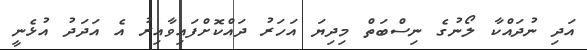
އަދި ނުދައްކާ ލޯނުގެ ނިސްބަތް މިދިޔަ އަހަރު ދައްކޮށްފައިވާއިރު އެ އަދަދު އުޅެނީ